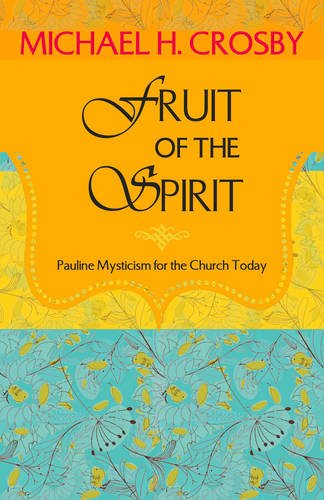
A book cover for Fruit of the Spirit; Michael H. Crosby; Christian Books & Bibles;